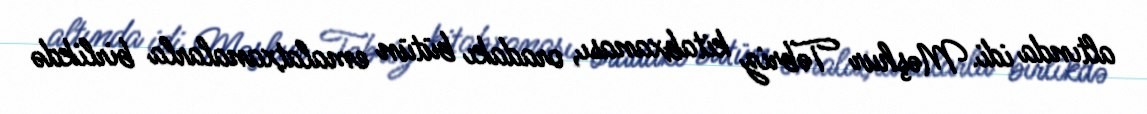
altında idi. Məşhur Təbriz kitabxanası, oradakı bütün emalatxanalarla birlikdə